King Institute of Preventive Medicine Micro-Biological Section reports 1912-19
Year: 1912
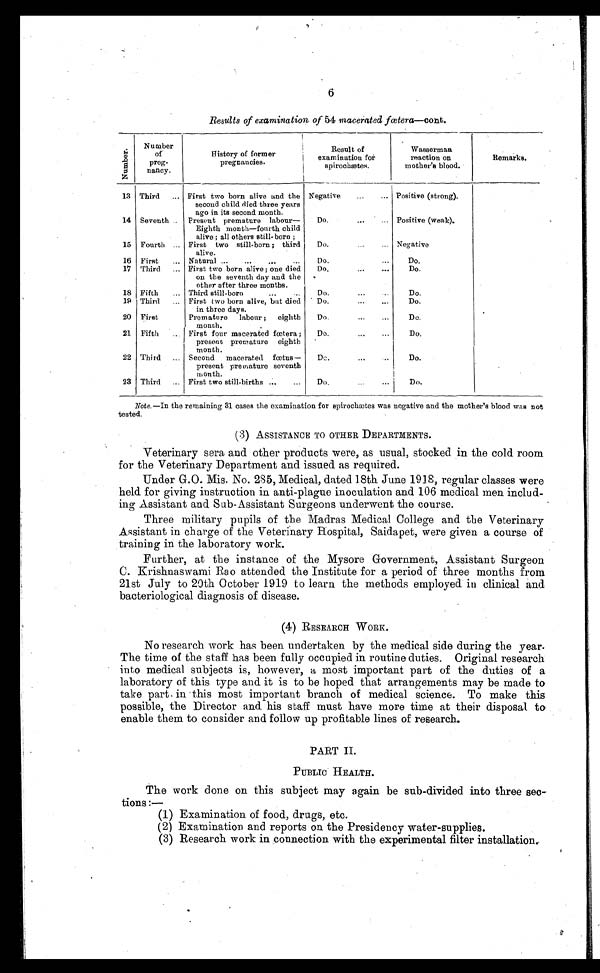
6
Results of examination of 54 macerated fœtera—cont.
N u m b e r .
Number
of
preg-
nancy.
History of former
pregnancies.
Result of
examination for
spirochætes.
Wasserman
reaction on
mother's blood.
Remarks.
13 Third . . .
First two born alive and the
second child died three years
ago in its second month.
Negative . . .
Positive (strong).
14 Seventh . . . Present premature labour—
Eighth month—fourth child
alive; all others still-born;
Do. . . .
Positive (weak).
15 Fourth . . . First two still-born; third
alive.
Do. . . .
Negative
16 First . . .
Natural . . .
Do. . . .
Do.
17 Third . . .
First two born alive; one died
on the seventh day and the
other after three months.
Do. . . .
Do.
18 Fifth . . .
Third still-born . . .
Do. . . .
Do.
19 Third . . .
First two born alive, but died
in three days.
Do. . . .
Do.
20 First
Premature labour; eighth
month.
Do. . . .
Do.
21 Fifth . . .
First four macerated fœtera;
present premature eighth
month.
Do. . . .
Do.
22 Third . . .
Second macerated fœtus—
present premature seventh
month.
Do. . . .
Do.
23 Third . . .
First two still-births . . .
Do. . . .
Do.
Note .—In the remaining 31 cases the examination for spirochætes was negative and the mother's blood was not
tested.
(3) ASSISTANCE TO OTHER DEPARTMENTS.
Veterinary sera and other products were, as usual, stocked in the cold room
for the Veterinary Department and issued as required.
Under G.O. Mis. No. 285, Medical, dated 18th June 1918, regular classes were
held for giving instruction in anti-plague inoculation and 106 medical men includ
- i n g A s s i s t a n t a n d S u b - A s s i s t a n t S u r g e o n s u n d e r w e n t t h e c o u r s e .
Three military pupils of the Madras Medical College and the Veterinary
Assistant in charge of the Veterinary Hospital, Saidapet, were given a course of
training in the laboratory work.
Further, at the instance of the Mysore Government, Assistant Surgeon
C. Krishnaswami Rao attended the Institute for a period of three months from
21st July to 20th October 1919 to learn the methods employed in clinical and
bacteriological diagnosis of disease.
( 4 ) R E S E A R C H W O R K .
No research work has been undertaken by the medical side during the year.
The time of the staff has been fully occupied in routine duties. Original research
into medical subjects is, however, a most important part of the duties of a
laboratory of this type and it is to be hoped that arrangements may be made to
take part in this most important branch of medical science. To make this
possible, the Director and his staff must have more time at their disposal to
enable them to consider and follow up profitable lines of research.
PART II.
PUBLIC HEALTH.
The work done on this subject may again be sub-divided into three sec
-tions:—
(1)
Examination of food, drugs, etc.
(2) Examination and reports on the Presidency water-supplies.
(3) Research work in connection with the experimental filter installation.